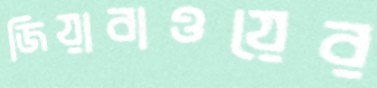
জিয়াবাওয়ের